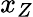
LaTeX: x_{Z}